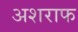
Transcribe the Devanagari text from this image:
अशराफ